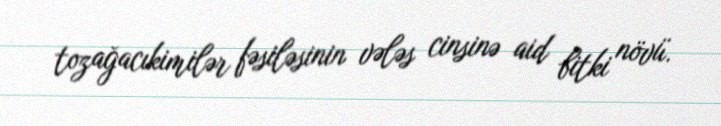
tozağacıkimilər fəsiləsinin vələs cinsinə aid bitki növü.